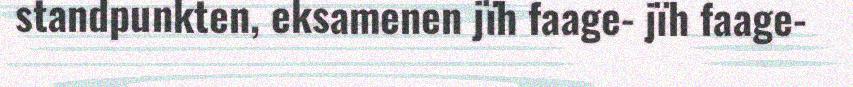
standpunkten, eksamenen jïh faage- jïh faage-